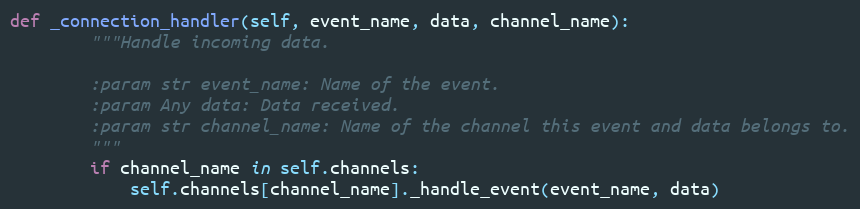
Language: Python
def _connection_handler(self, event_name, data, channel_name):
        """Handle incoming data.

        :param str event_name: Name of the event.
        :param Any data: Data received.
        :param str channel_name: Name of the channel this event and data belongs to.
        """
        if channel_name in self.channels:
            self.channels[channel_name]._handle_event(event_name, data)